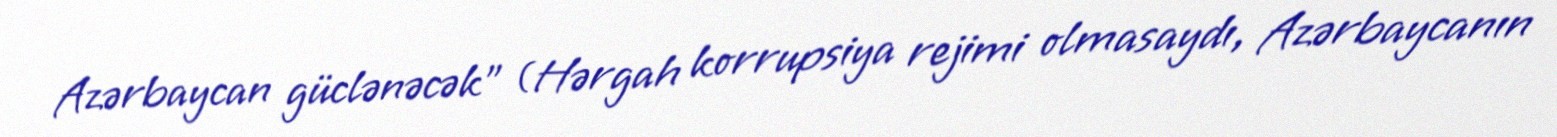
Azərbaycan güclənəcək” (Hərgah korrupsiya rejimi olmasaydı, Azərbaycanın